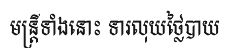
មន្ត្រីទាំងនោះ ទារលុយថ្លៃបាយ